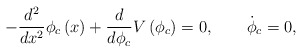
\begin{align*}-\frac{d^2}{dx^2} \phi_c\left(x\right) +\frac{d}{d\phi_c}V\left(\phi_c\right)=0, \qquad \dot\phi_c = 0,\end{align*}